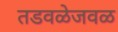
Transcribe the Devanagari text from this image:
तडवळेजवळ